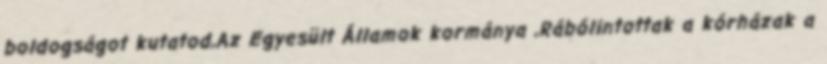
boldogságot kutatod,Az Egyesült Államok kormánya ,Rábólintottak a kórházak a